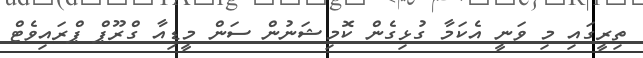
ތިރީގައި މި ވަނީ އެކަމާ ގުޅިގެން ކޮމިޝަނުން ސަން މީޑިއާ ގްރޫޕް ޕްރައިވެޓް